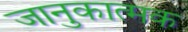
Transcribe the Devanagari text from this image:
जानुकात्मक